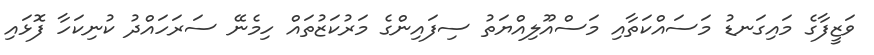
ވަޒީފާގެ މައިގަނޑު މަސައްކަތާއި މަސްއޫލިއްޔަތު ސިފައިންގެ މަރުކަޒުތައް ހިމެނޭ ސަރަހައްދު ކުނިކަހާ ފޮޅައި